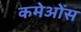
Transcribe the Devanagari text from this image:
कमेओंस